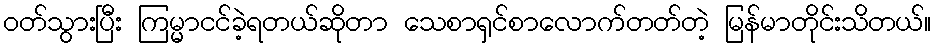
ဝတ်သွားပြီး ကြမ္မာငင်ခဲ့ရတယ်ဆိုတာ သေစာရှင်စာလောက်တတ်တဲ့ မြန်မာတိုင်းသိတယ်။